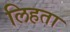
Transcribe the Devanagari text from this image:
लिहता